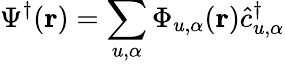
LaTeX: \Psi^{\dagger}({\mathbf r})=\sum_{u,\alpha}\Phi_{u,\alpha}({\mathbf r})\hat{c}_{u,\alpha}^{\dagger}